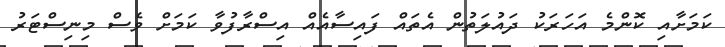
ކަމަށާއި ކޮންމެ އަހަރަކު ދައުލަތުން އެތައް ފައިސާއެއް އިސްރާފުވާ ކަމަށް ވެސް މިނިސްޓަރު